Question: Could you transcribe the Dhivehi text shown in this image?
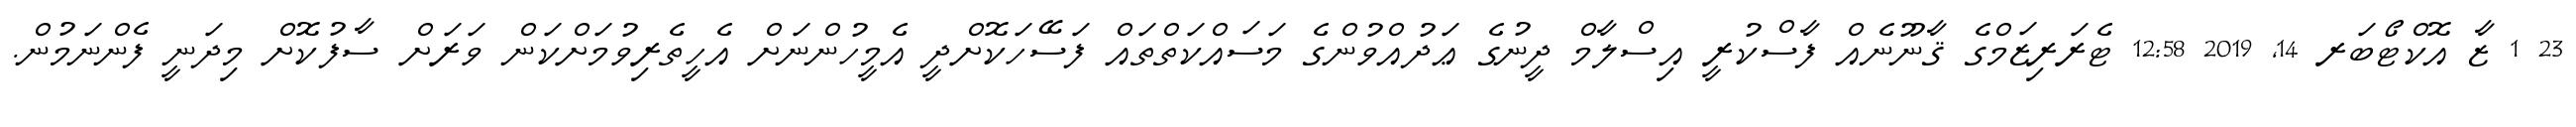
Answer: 23 1 ޒާ އޮކްޓޯބަރ 14, 2019 12:58 ޓެރަރިޒަމްގެ ޤާނޫނެއް ފާސްކުރީ އިސްލާމް ދީނުގެ ޢަދުއްވުންގެ މަސައްކަތްތައް ފަސޭހަކޮށްދީ އެމީހުންނަށް އެހީތެރިވުމަށްކަން ވަރަށް ސާފުކޮށް މިދަނީ ފެންނަމުން.